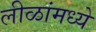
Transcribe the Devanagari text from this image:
लीळांमध्ये